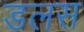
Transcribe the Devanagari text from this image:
डलस